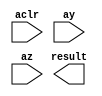

module fp_mult (
	aclr,
	ay,
	az,
	result);	

	input	[1:0]	aclr;
	input	[31:0]	ay;
	input	[31:0]	az;
	output	[31:0]	result;
endmodule